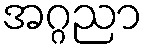
အဂ္ဂညာ